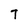
Character: T